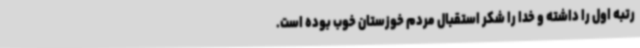
رتبه اول را داشته و خدا را شکر استقبال مردم خوزستان خوب بوده است.